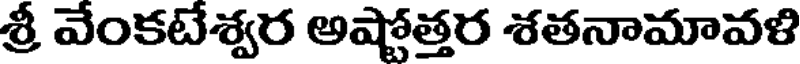
శ్రీ వేంకటేశ్వర అష్టోత్తర శతనామావళి